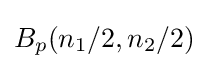
B_{p}(n_{1}/2,n_{2}/2)